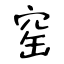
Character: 窑